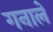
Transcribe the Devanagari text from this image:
गनाले